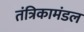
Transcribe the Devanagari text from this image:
तंत्रिकामंडल